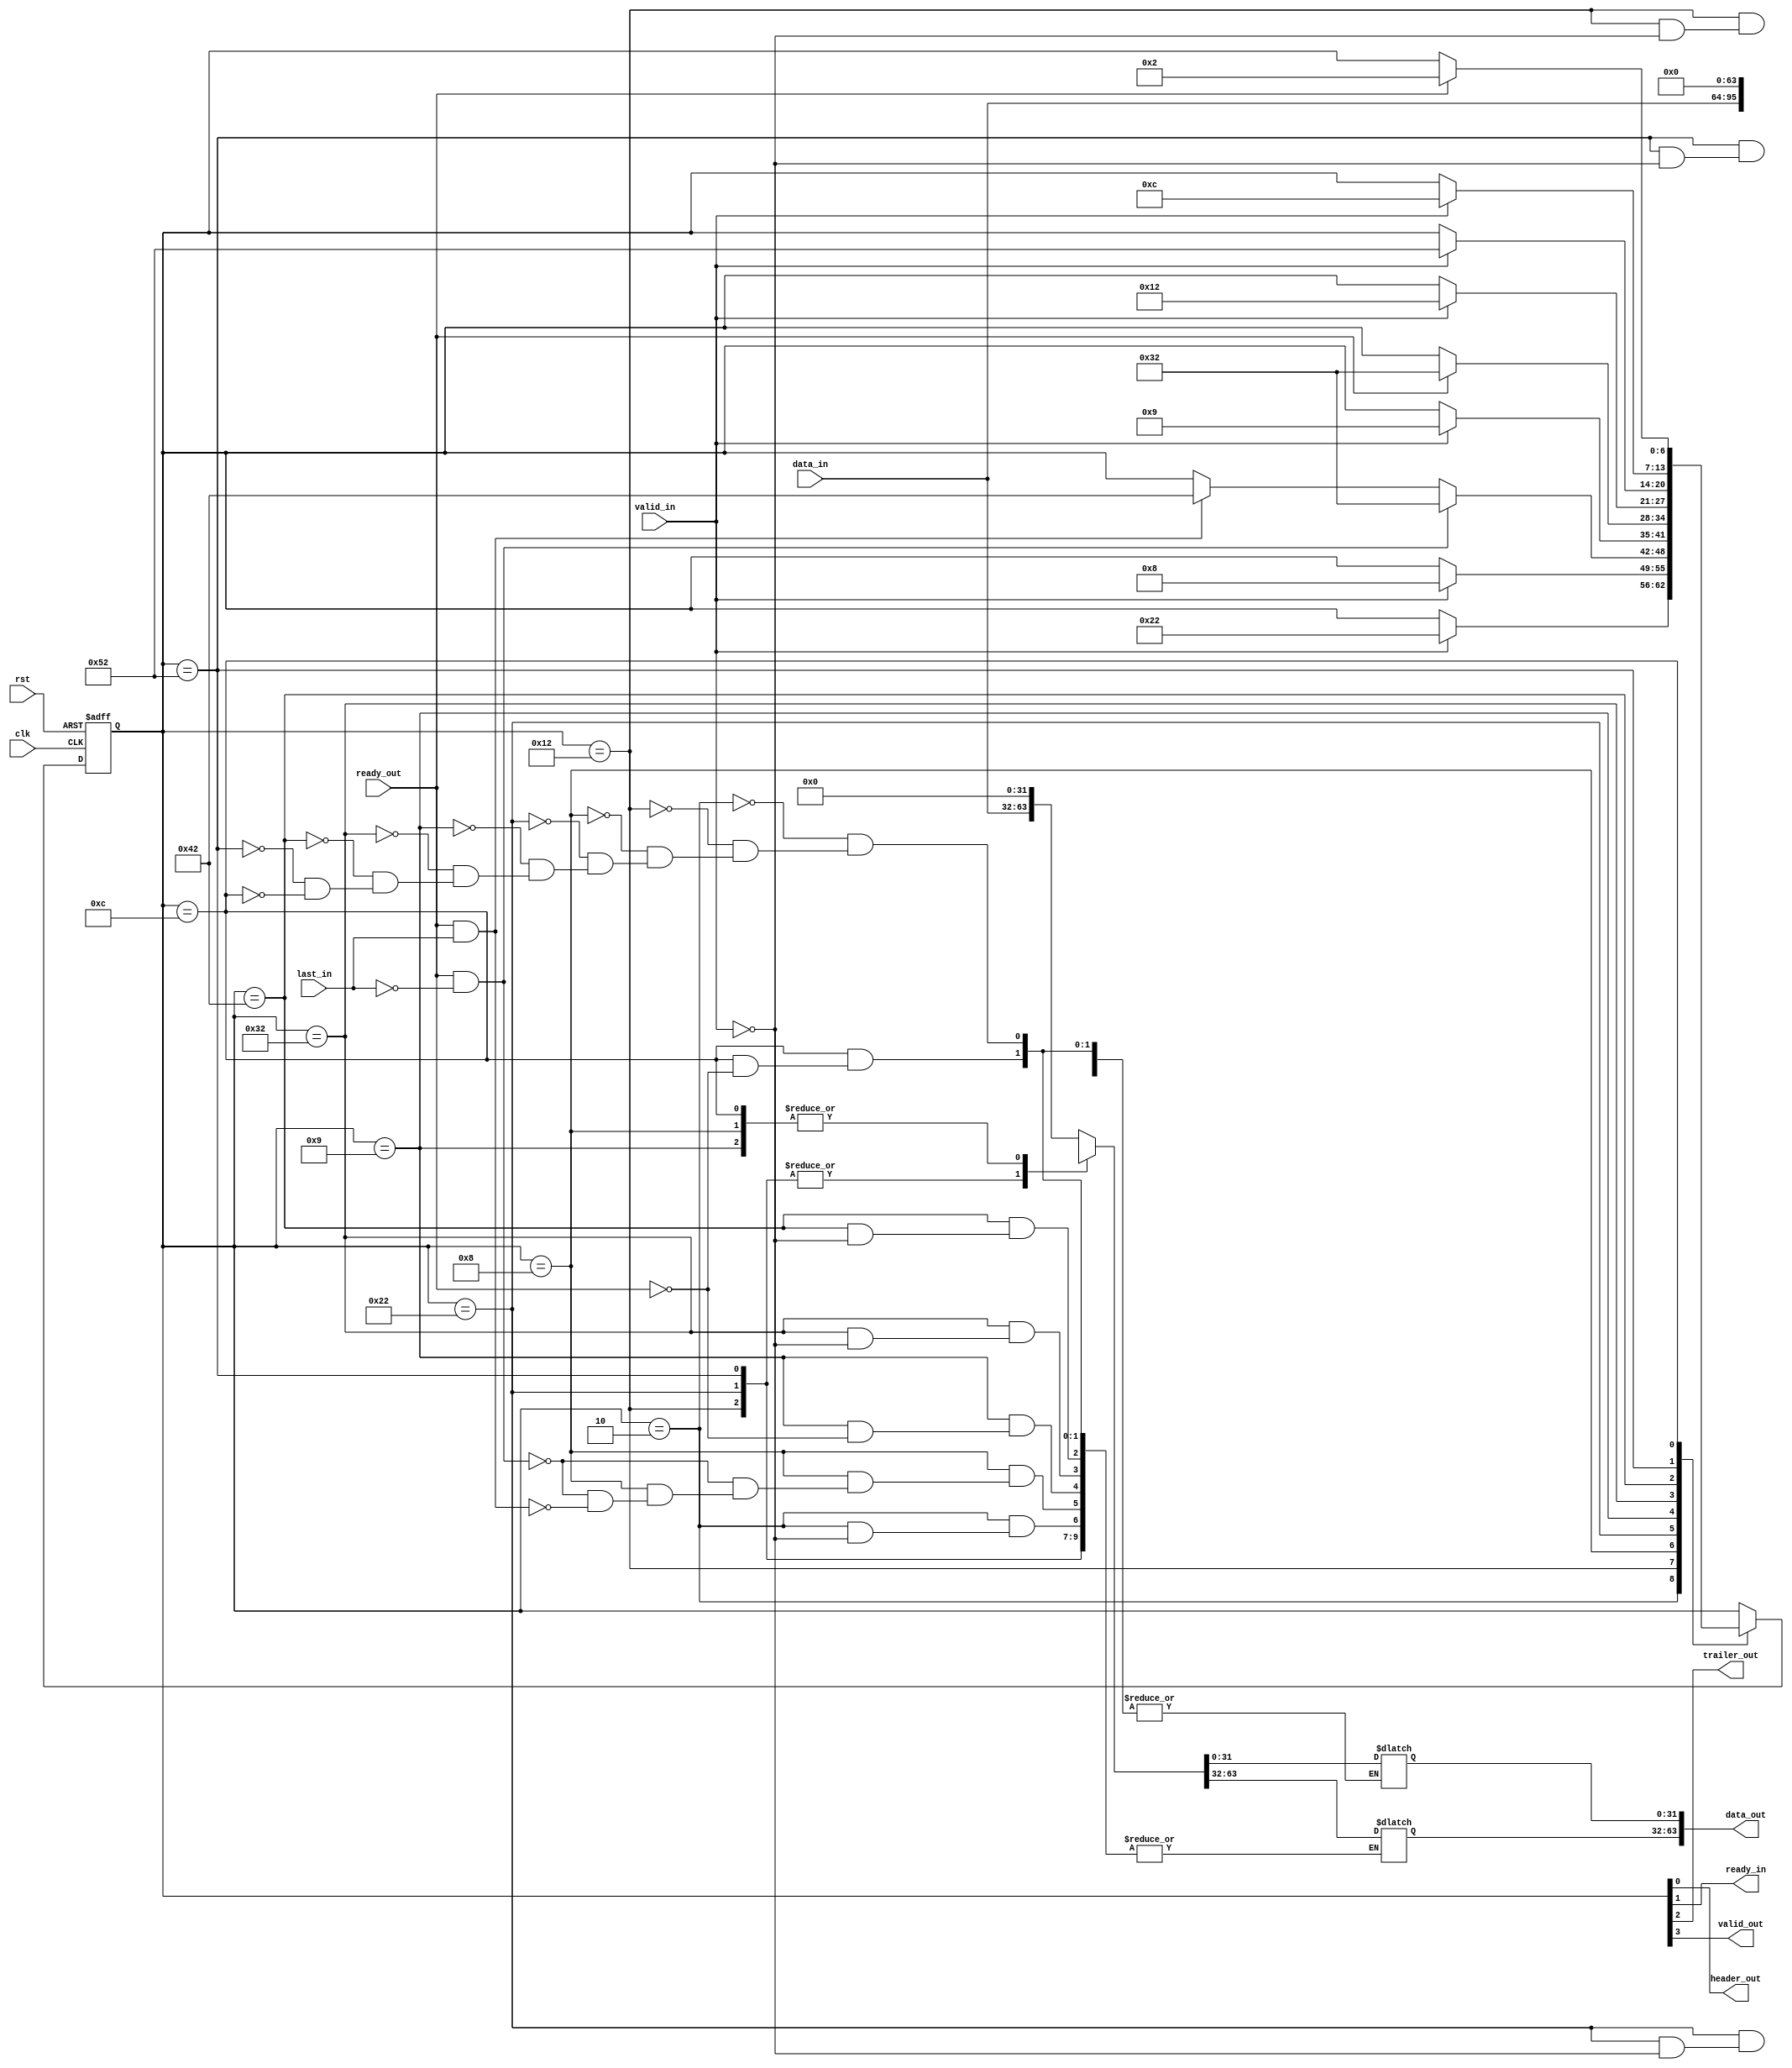

// Created by fizzim.pl version 4.42 on 2014:06:09 at 16:33:36 (www.fizzim.com)

module simpleDataTransfer (
  output reg [63:0] data_out,
  output wire header_out,
  output wire ready_in,
  output wire trailer_out,
  output wire valid_out,
  input wire clk,
  input wire [31:0] data_in,
  input wire last_in,
  input wire ready_out,
  input wire rst,
  input wire valid_in 
);
  
  // state bits
  parameter 
  READY_HEADER  = 7'b0000010, // extra=000 valid_out=0 trailer_out=0 ready_in=1 header_out=0 
  DATA1         = 7'b0010010, // extra=001 valid_out=0 trailer_out=0 ready_in=1 header_out=0 
  DATA2         = 7'b0001000, // extra=000 valid_out=1 trailer_out=0 ready_in=0 header_out=0 
  HEADER1       = 7'b0100010, // extra=010 valid_out=0 trailer_out=0 ready_in=1 header_out=0 
  HEADER2       = 7'b0001001, // extra=000 valid_out=1 trailer_out=0 ready_in=0 header_out=1 
  READY_DATA    = 7'b0110010, // extra=011 valid_out=0 trailer_out=0 ready_in=1 header_out=0 
  READY_TRAILER = 7'b1000010, // extra=100 valid_out=0 trailer_out=0 ready_in=1 header_out=0 
  TRAILER1      = 7'b1010010, // extra=101 valid_out=0 trailer_out=0 ready_in=1 header_out=0 
  TRAILER2      = 7'b0001100; // extra=000 valid_out=1 trailer_out=1 ready_in=0 header_out=0 
  
  reg [6:0] state;
  reg [6:0] nextstate;
  
  // comb always block
  always @* begin
    nextstate = state; // default to hold value because implied_loopback is set
    data_out[63:0] = data_out[63:0]; // default
    case (state)
      READY_HEADER : begin
        if (valid_in) begin
          nextstate = HEADER1;
          data_out[63:0] = {data_in[31:0],32'h00000000};
        end
      end
      DATA1        : begin
        if (valid_in) begin
          nextstate = DATA2;
          data_out[63:0] = {data_out[63:32],data_in[31:0]};
        end
      end
      DATA2        : begin
        // Warning P3: State DATA2 has multiple exit transitions, and transition trans5 has no defined priority 
        // Warning P3: State DATA2 has multiple exit transitions, and transition trans6 has no defined priority 
        if (ready_out && !last_in) begin
          nextstate = READY_DATA;
          data_out[63:0] = 0;
        end
        else if (ready_out && last_in) begin
          nextstate = READY_TRAILER;
          data_out[63:0] = 0;
        end
      end
      HEADER1      : begin
        if (valid_in) begin
          nextstate = HEADER2;
          data_out[63:0] = {data_out[63:32],data_in[31:0]};
        end
      end
      HEADER2      : begin
        if (ready_out) begin
          nextstate = READY_DATA;
          data_out[63:0] = 0;
        end
      end
      READY_DATA   : begin
        if (valid_in) begin
          nextstate = DATA1;
          data_out[63:0] = {data_in[31:0],32'h00000000};
        end
      end
      READY_TRAILER: begin
        if (valid_in) begin
          nextstate = TRAILER1;
          data_out[63:0] = {data_in[31:0],32'h00000000};
        end
      end
      TRAILER1     : begin
        if (valid_in) begin
          nextstate = TRAILER2;
          data_out[63:0] = {data_out[63:32],data_in[31:0]};
        end
      end
      TRAILER2     : begin
        if (ready_out) begin
          nextstate = READY_HEADER;
          data_out[63:0] = 0;
        end
      end
    endcase
  end
  
  // Assign reg'd outputs to state bits
  assign header_out = state[0];
  assign ready_in = state[1];
  assign trailer_out = state[2];
  assign valid_out = state[3];
  
  // sequential always block
  always @(posedge clk or posedge rst) begin
    if (rst)
      state <= READY_HEADER;
    else
      state <= nextstate;
  end
  
  // This code allows you to see state names in simulation
  `ifndef SYNTHESIS
  reg [103:0] statename;
  always @* begin
    case (state)
      READY_HEADER :
        statename = "READY_HEADER";
      DATA1        :
        statename = "DATA1";
      DATA2        :
        statename = "DATA2";
      HEADER1      :
        statename = "HEADER1";
      HEADER2      :
        statename = "HEADER2";
      READY_DATA   :
        statename = "READY_DATA";
      READY_TRAILER:
        statename = "READY_TRAILER";
      TRAILER1     :
        statename = "TRAILER1";
      TRAILER2     :
        statename = "TRAILER2";
      default      :
        statename = "XXXXXXXXXXXXX";
    endcase
  end
  `endif

endmodule